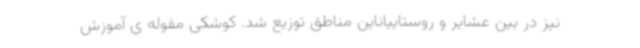
نیز در بین عشایر و روستاییاناین مناطق توزیع شد. کوشکی مقوله ی آموزش